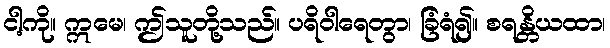
ငါ့ကို။ ဣမေ၊ ဤသူတို့သည်။ ပရိဝါရေတွာ၊ ခြံရံ၍။ စရန္တိယထာ၊